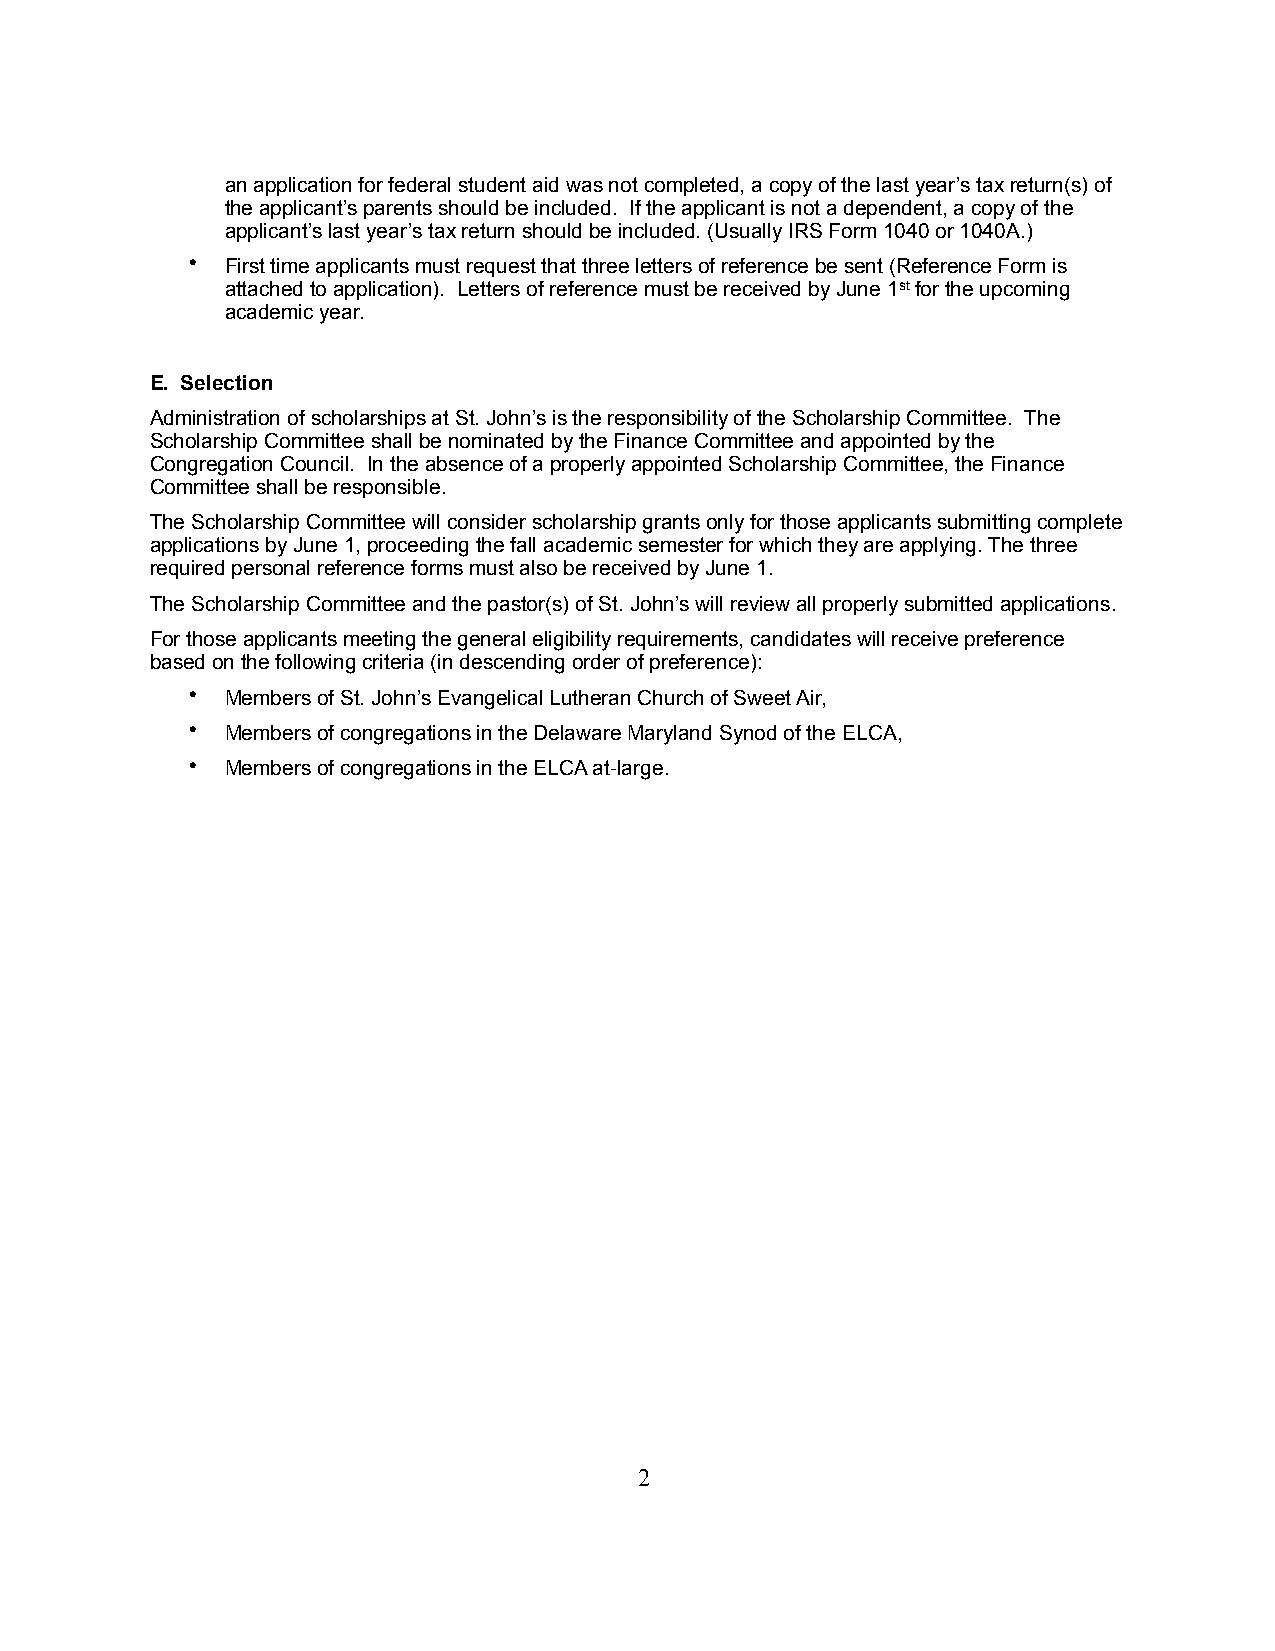
an application for federal student aid was not completed, a copy of the last year’s tax return(s) of
 the applicant’s parents should be included. If the applicant is not a dependent, a copy of the
 applicant’s last year’s tax return should be included. (Usually IRS Form 1040 or 1040A.)
 •  First time applicants must request that three letters of reference be sent (Reference Form is
 attached to application). Letters of reference must be received by June 1st for the upcoming
 academic year.
 E. Selection
 Administration of scholarships at St. John’s is the responsibility of the Scholarship Committee. The
 Scholarship Committee shall be nominated by the Finance Committee and appointed by the
 Congregation Council. In the absence of a properly appointed Scholarship Committee, the Finance
 Committee shall be responsible.
 The Scholarship Committee will consider scholarship grants only for those applicants submitting complete
 applications by June 1, proceeding the fall academic semester for which they are applying. The three
 required personal reference forms must also be received by June 1.
 The Scholarship Committee and the pastor(s) of St. John’s will review all properly submitted applications.
 For those applicants meeting the general eligibility requirements, candidates will receive preference
 based on the following criteria (in descending order of preference):
 •  Members of St. John’s Evangelical Lutheran Church of Sweet Air,
 •  Members of congregations in the Delaware Maryland Synod of the ELCA,
 •  Members of congregations in the ELCA at-large.
 2